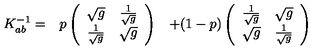
\begin{array} { c c c } { K _ { a b } ^ { - 1 } = } & { p \left( \begin{array} { c c } { \sqrt { g } } & { { \frac { 1 } { \sqrt { g } } } } \\ { { \frac { 1 } { \sqrt { g } } } } & { \sqrt { g } } \\ \end{array} \right) } & { + ( 1 - p ) \left( \begin{array} { c c } { { \frac { 1 } { \sqrt { g } } } } & { \sqrt { g } } \\ { \sqrt { g } } & { { \frac { 1 } { \sqrt { g } } } } \\ \end{array} \right) } \\ \end{array}